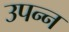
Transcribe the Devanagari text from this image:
उपन्न